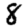
Digit: 8